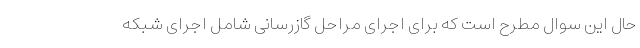
حال این سوال مطرح است که برای اجرای مراحل گازرسانی شامل اجرای شبکه